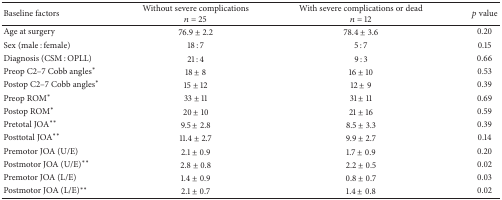
| Baseline factors | Without severe complications n = 25 | With severe complications or dead n = 12 | p value |
 | --- | --- | --- | --- |
 | Age at surgery | 76.9 ± 2.2 | 78.4 ± 3.6 | 0.20 |
 | Sex (male : female) | 18 : 7 | 5 : 7 | 0.15 |
 | Diagnosis (CSM : OPLL) | 21 : 4 | 9 : 3 | 0.66 |
 | Preop C2–7 Cobb angles∗ | 18 ± 8 | 16 ± 10 | 0.53 |
 | Postop C2–7 Cobb angles∗ | 15 ± 12 | 12 ± 9 | 0.39 |
 | Preop ROM∗ | 33 ± 11 | 31 ± 11 | 0.69 |
 | Postop ROM∗ | 20 ± 10 | 21 ± 16 | 0.59 |
 | Pretotal JOA∗∗ | 9.5 ± 2.8 | 8.5 ± 3.3 | 0.39 |
 | Posttotal JOA∗∗ | 11.4 ± 2.7 | 9.9 ± 2.7 | 0.14 |
 | Premotor JOA (U/E) | 2.1 ± 0.9 | 1.7 ± 0.9 | 0.20 |
 | Postmotor JOA (U/E)∗∗ | 2.8 ± 0.8 | 2.2 ± 0.5 | 0.02 |
 | Premotor JOA (L/E) | 1.4 ± 0.9 | 0.8 ± 0.7 | 0.03 |
 | Postmotor JOA (L/E)∗∗ | 2.1 ± 0.7 | 1.4 ± 0.8 | 0.02 |